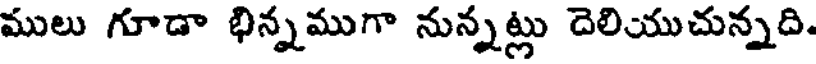
ములు గూడా భిన్నముగా నున్నట్లు దెలియుచున్నది.